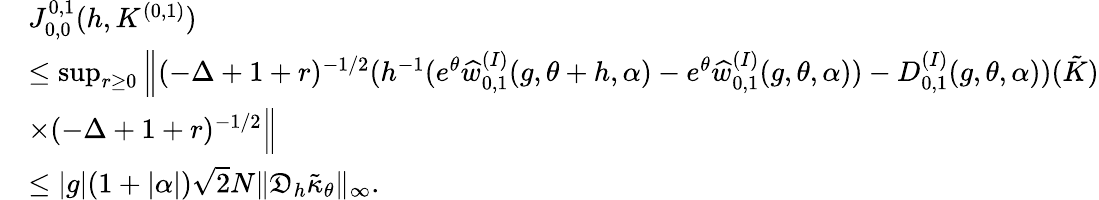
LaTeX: \begin{array}{rl}&{J_{0,0}^{0,1}(h,K^{(0,1)})}\\ &{\leq\operatorname*{sup}_{r\geq 0}\Big\| (-\Delta+1+r)^{-1/2}(h^{-1}(e^{\theta}\widehat{w}_{0,1}^{(I)}(g,\theta+h,\alpha)-e^{\theta}\widehat{w}_{0,1}^{(I)}(g,\theta,\alpha))-D_{0,1}^{(I)}(g,\theta,\alpha))(\tilde{K})}\\ &{\times(-\Delta+1+r)^{-1/2}\Big\| }\\ &{\le|g|(1+|\alpha|)\sqrt{2}N\| \mathfrak{D}_{h}\tilde{\kappa}_{\theta}\| _{\infty}.}\end{array}